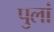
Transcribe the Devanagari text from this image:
पुलां